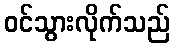
ဝင်သွားလိုက်သည်